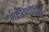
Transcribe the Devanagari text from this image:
राष्ट्रीयचैंपियन